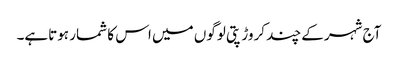
آج شہرکے چند کروڑپتی لوگوں میں اس کا شمار ہوتاہے۔